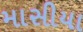
માસીયા